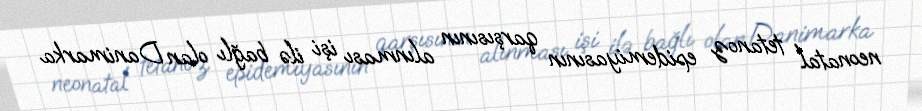
neonatal tetanoz epidemiyasının qarşısının alınması işi ilə bağlı olan Danimarka